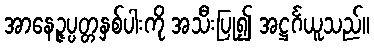
အာနေဉ္ဇပ္ပတ္တနှစ်ပါးကို အသီးပြု၍ အဋ္ဌင်္ဂယူသည်။